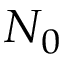
N _ { 0 }